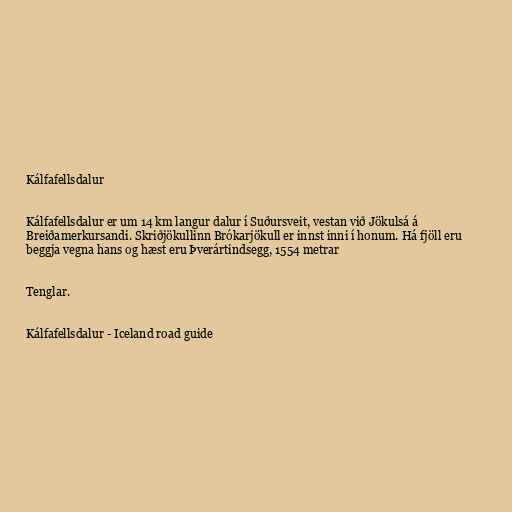
Kálfafellsdalur

Kálfafellsdalur er um 14 km langur dalur í Suðursveit, vestan við Jökulsá á
Breiðamerkursandi. Skriðjökullinn Brók­ar­jök­ull er innst inni í honum. Há fjöll eru
beggja vegna hans og hæst eru Þverártindsegg, 1554 metrar

Tenglar.

Kálfafellsdalur - Iceland road guide